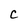
Character: C